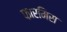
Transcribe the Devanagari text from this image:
फारमिस